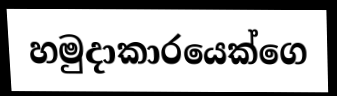
හමුදාකාරයෙක්ගෙ